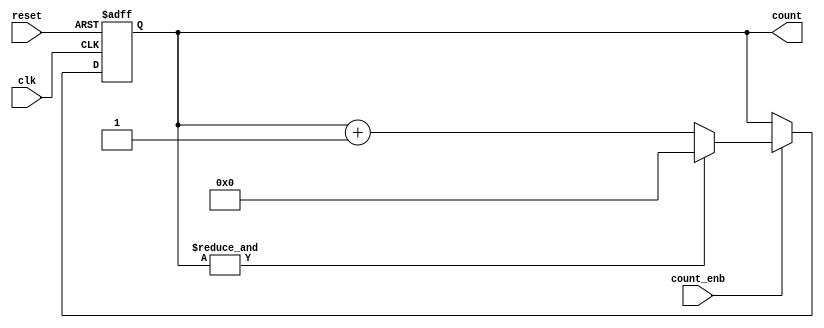
module counter_7bit_enable(
                clk,
                reset,
                count_enb,
                count
);

//Parameter
parameter       N =7;
//wire&reg
input wire      clk;                       //  
input wire      reset;                     //  
input wire      count_enb;                 // Enable 
wire q1 ;
output reg [N-1:0] count;               //   



//logic
always @ (posedge clk, negedge reset)
    begin
        if (!reset) 
            begin                           //   
                count <= 0;
            end
        else 
            if (count_enb) 
                begin // enable    
                    if (q1)
                        begin
                            count <= 0;
                        end
                    else 
                        begin
                            count <= count + 1;
                        end
                end
    end

assign q1 = &count;


endmodule